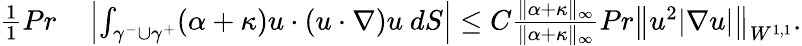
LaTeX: \begin{array}{rl}{\frac{1}{1}{{Pr}}}&{{}\left|\int_{\gamma^{-}\cup\gamma^{+}}(\alpha+\kappa)u\cdot(u\cdot\nabla)u\ dS\right|\leq C\frac{\| \alpha+\kappa\| _{\infty}}{\| \alpha+\kappa\| _{\infty}}{{Pr}}\left\| u^{2}|\nabla u|\right\| _{W^{1,1}}.}\end{array}